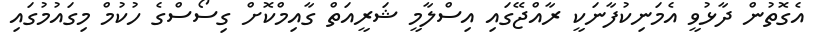
އެގޮތުން ދާޅުވީ އެމަނިކުފާނަކީ ރާއްޖޭގައި އިސްލާމީ ޝަރީއަތް ގާއިމްކޮށް ގިސޯސްގެ ހުކުމް މިގައުމުގައި